Indian journal of veterinary science and animal husbandry - Volume 11,
Year: 1941
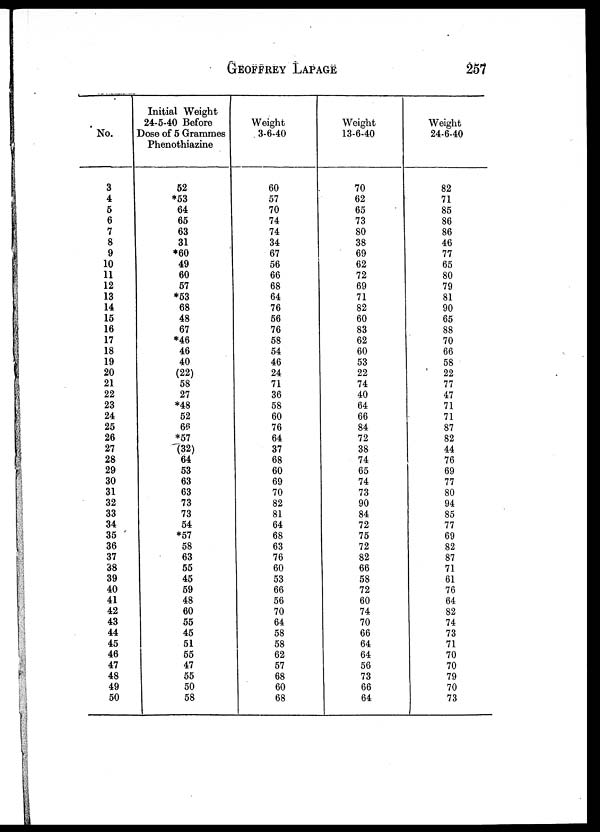
GEOFFREY
LAPAGE
257
No.
3
4
5
6
7
8
9
10
11
12
13
14
15
16
17
18
19
20
21
22
23
24
25
26
27
28
29
30
31
32
33
34
35
36
37
38
39
40
41
42
43
44
45
46
47
48
49
50
Initial Weight
24-5-40 Before
Dose of 5 Grammes
Phenothiazine
52
*53
64
65
63
31
*60
49
60
57
*53
68
48
67
*46
46
40
(22)
58
27
*48
52
66
*57
(32)
64
53
63
63
73
73
54
*57
58
63
55
45
59
48
60
55
45
51
55
47
55
50
58
Weight
3-6-40
60
57
70
74
74
34
67
56
66
68
64
76
56
76
58
54
46
24
71
36
58
60
76
64
37
68
60
69
70
82
81
64
68
63
76
60
53
66
56
70
64
58
58
62
57
68
60
68
Weight
13-6-40
70
62
65
73
80
38
69
62
72
69
71
82
60
83
62
60
53
22
74
40
64
66
84
72
38
74
65
74
73
90
84
72
75
72
82
66
58
72
60
74
70
66
64
64
56
73
66
64
Weight
24-6-40
82
71
85
86
86
46
77
65
80
79
81
90
65
88
70
66
58
22
77
47
71
71
87
82
44
76
69
77
80
94
85
77
69
82
87
71
61
76
64
82
74
73
71
70
70
79
70
73